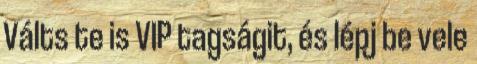
Válts te is VIP tagságit, és lépj be vele